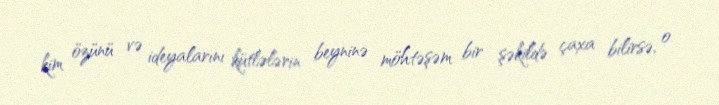
kim özünü və ideyalarını kütlələrin beyninə möhtəşəm bir şəkildə çaxa bilirsə, o